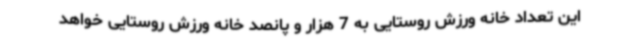
این تعداد خانه ورزش روستایی به 7 هزار و پانصد خانه ورزش روستایی خواهد